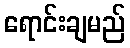
ရောင်းချမည်